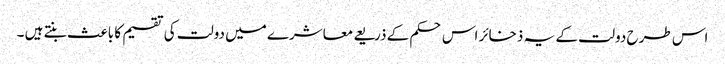
اس طرح دولت کے یہ ذخائر اس حکم کے ذریعے معاشرے میں دولت کی تقسیم کا باعث بنتے ہیں ۔